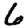
Digit: 6